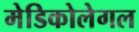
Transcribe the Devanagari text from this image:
मेडिकोलेगल